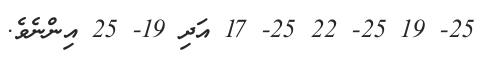
25- 19 25- 22 25- 17 އަދި 19- 25 އިންނެވެ.